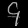
Digit: ၄